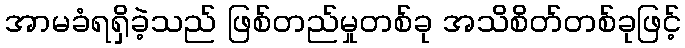
အာမခံရရှိခဲ့သည် ဖြစ်တည်မှုတစ်ခု အသိစိတ်တစ်ခုဖြင့်